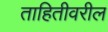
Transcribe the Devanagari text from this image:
ताहितीवरील